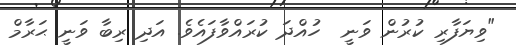
"ވިޔަފާރި ކުރުން ވަނީ  ހުއްދަ ކުރައްވާފައެވެ. އަދި ރިބާ ވަނީ ޙަރާމް